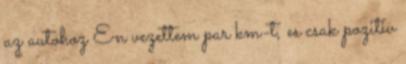
az autohoz En vezettem par km-t, es csak pozitiv